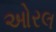
ઓરલ